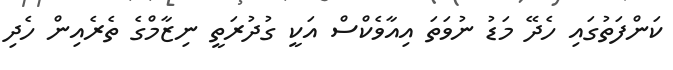
ކަންފަތުގައި ހެދޭ މަޑު ނުވަތަ އިއާވެކްސް އަކީ ގުދުރަތީ ނިޒާމްގެ ތެރެއިން ހެދި